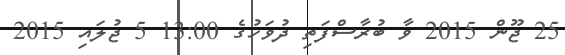
25 ޖޫން 2015 ވާ ބުރާސްފަތި ދުވަހުގެ 13:00 5 ޖުލައި 2015